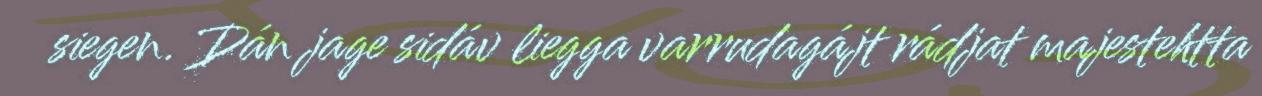
siegen. Dán jage sidáv liegga varrudagájt rádjat majestehtta